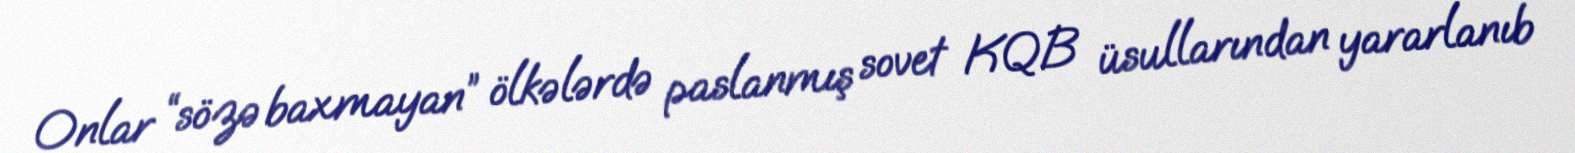
Onlar “sözə baxmayan” ölkələrdə paslanmış sovet KQB üsullarından yararlanıb